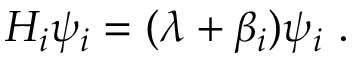
{ \cal H } _ { i } \psi _ { i } = ( \lambda + \beta _ { i } ) \psi _ { i } ~ .